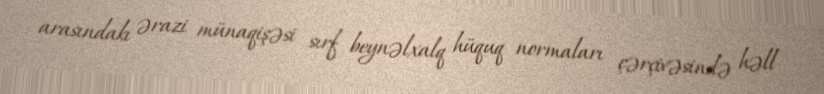
arasındakı ərazi münaqişəsi sırf beynəlxalq hüquq normaları çərçivəsində həll